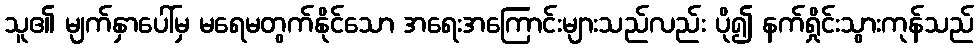
သူ၏ မျက်နှာပေါ်မှ မရေမတွက်နိုင်သော အရေးအကြောင်းများသည်လည်း ပို၍ နက်ရှိုင်းသွားကုန်သည်